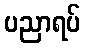
ပညာရပ်